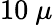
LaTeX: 10\ \mu